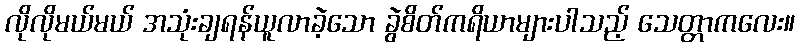
လိုလိုမယ်မယ် အသုံးချရန်ယူလာခဲ့သော ခွဲစိတ်ကရိယာများပါသည့် သေတ္တာကလေး။